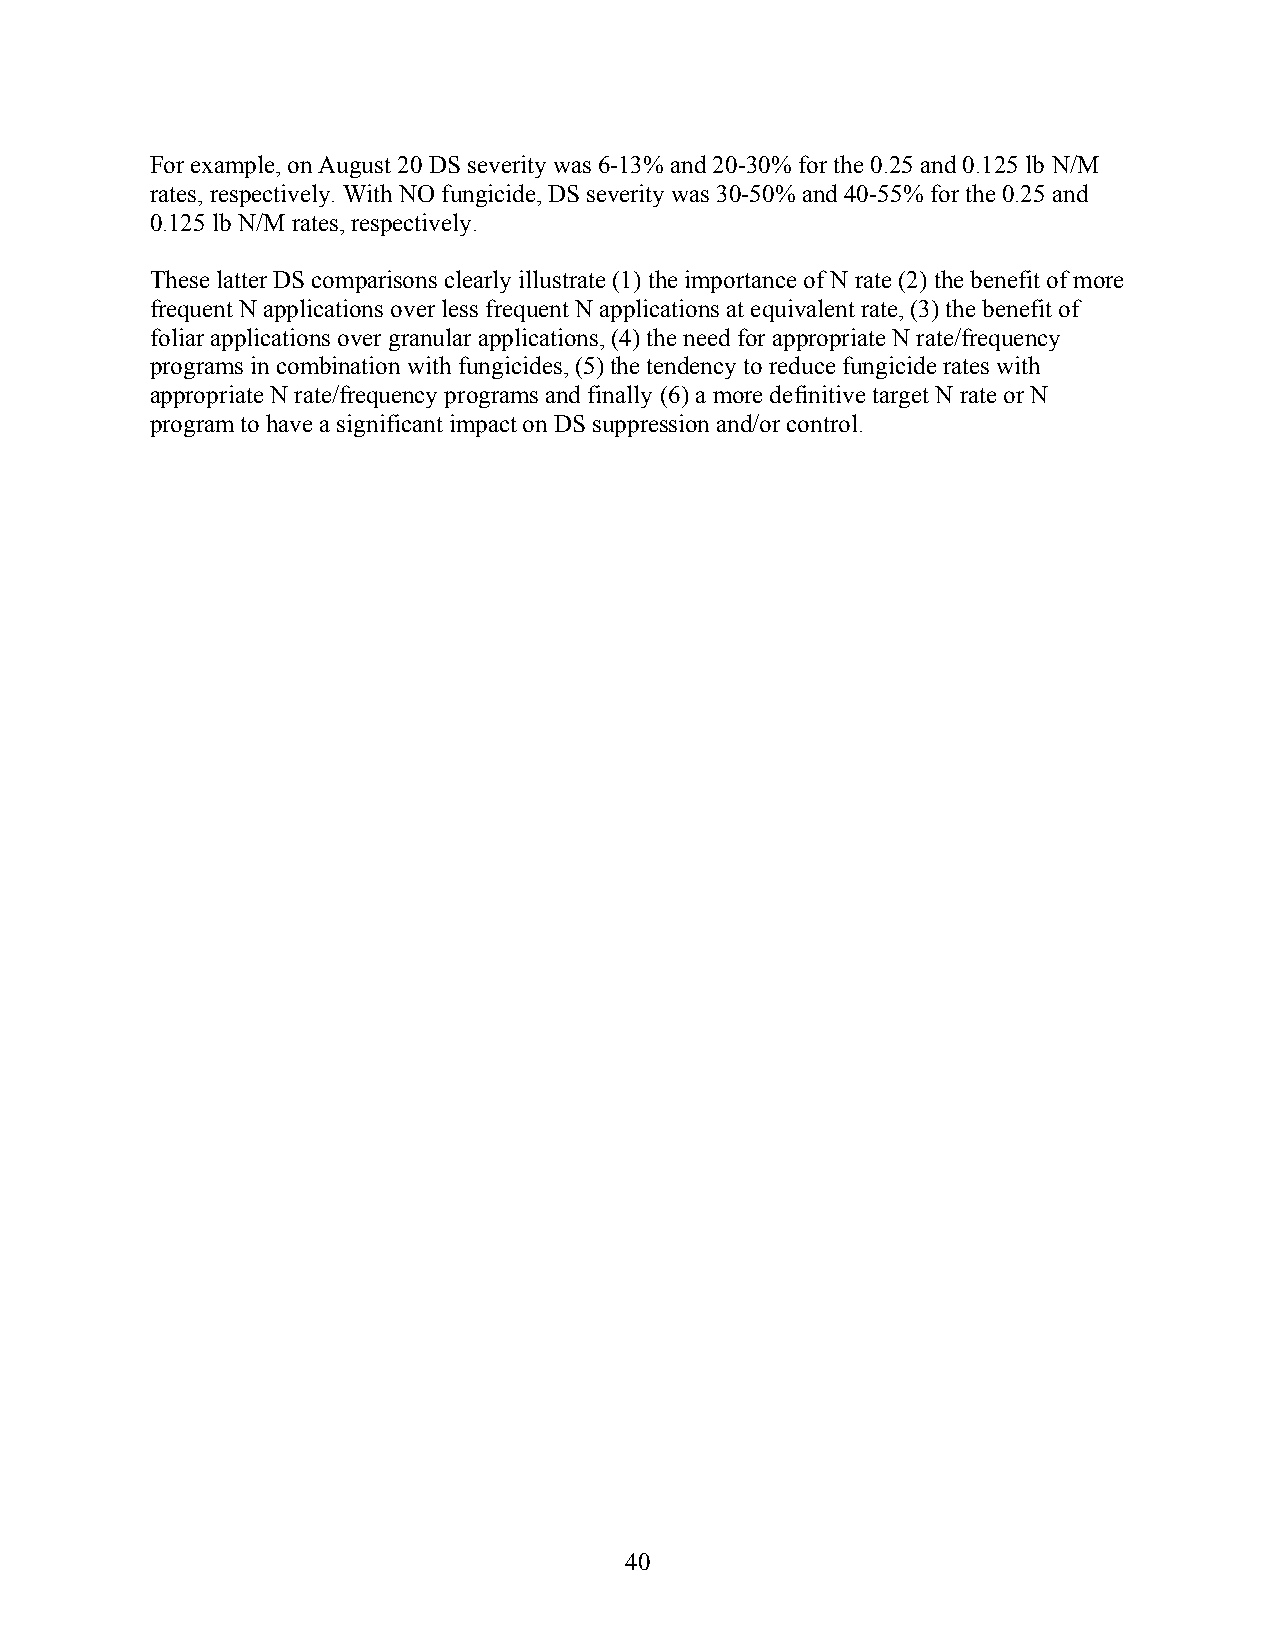
For example, on August 20 DS severity was 6-13% and 20-30% for the 0.25 and 0.125 lb N/M
 rates, respectively. With NO fungicide, DS severity was 30-50% and 40-55% for the 0.25 and
 0.125 lb N/M rates, respectively.
 These latter DS comparisons clearly illustrate (1) the importance of N rate (2) the benefit of more
 frequent N applications over less frequent N applications at equivalent rate, (3) the benefit of
 foliar applications over granular applications, (4) the need for appropriate N rate/frequency
 programs in combination with fungicides, (5) the tendency to reduce fungicide rates with
 appropriate N rate/frequency programs and finally (6) a more definitive target N rate or N
 program to have a significant impact on DS suppression and/or control.
 40